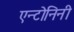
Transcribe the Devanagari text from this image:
एन्टोनिनी